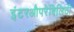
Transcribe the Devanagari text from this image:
इंटरऔपरेबिलिटी